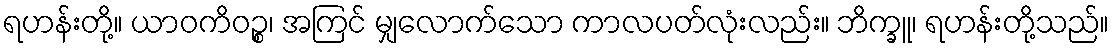
ရဟန်းတို့။ ယာဝကိဝဉ္စ၊ အကြင် မျှလောက်သော ကာလပတ်လုံးလည်း။ ဘိက္ခူ၊ ရဟန်းတို့သည်။